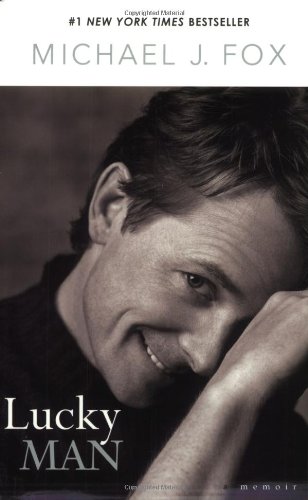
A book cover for Lucky Man: A Memoir; Michael J. Fox; Health, Fitness & Dieting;